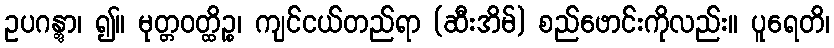
ဥပဂန္တွာ၊ ၍။ မုတ္တဝတ္ထိဉ္စ၊ ကျင်ငယ်တည်ရာ (ဆီးအိမ်) စည်ဖောင်းကိုလည်း။ ပူရေတိ၊